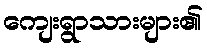
ကျေးရွာသားများ၏